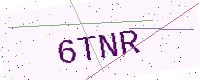
Text: 6TNR